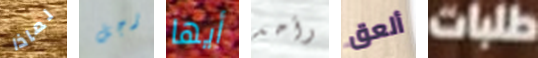
لماذا رجل أيها وأحد ألعق طلبات